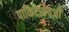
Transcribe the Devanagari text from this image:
पाकिटाऐवजी